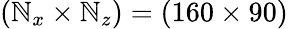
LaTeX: (\mathbb{N}_{x}\times\mathbb{N}_{z})=(160\times90)